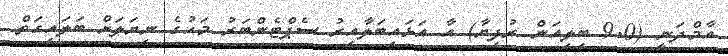
އާމްދަނީ (9.0 ބިލިއަން ރުފިޔާ) އާ އަޅައިބަލާއިރު ސެޕްޓެންބަރު މަހުގެ ނިޔަލަށް ބަލައިގަތް